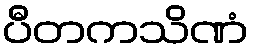
ပီတကသိဏံ